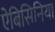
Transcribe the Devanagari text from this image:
ऐबिसिनिया